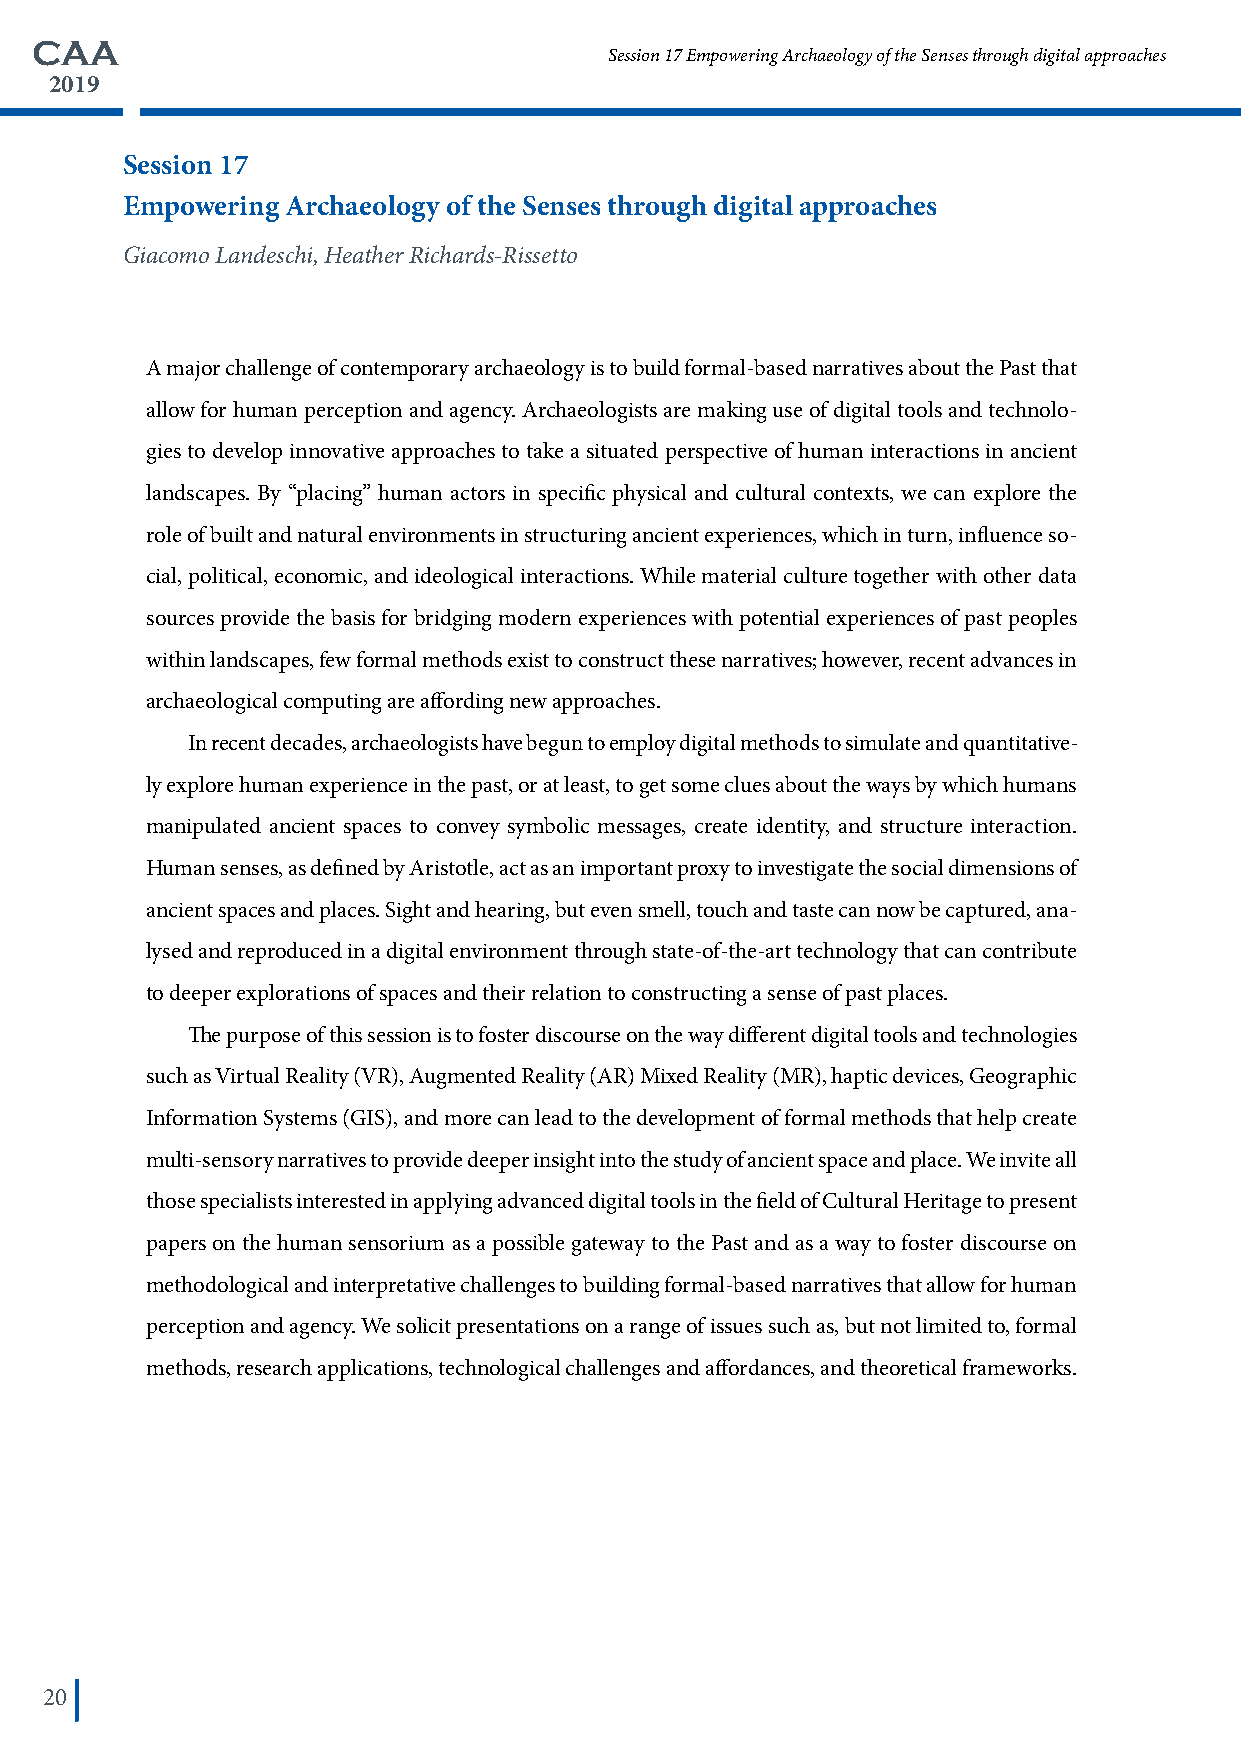
CAA
 Session 17 Empowering Archaeology of the Senses through digital approaches
 2019
 Session 17
 Empowering Archaeology of the Senses through digital approaches
 Giacomo Landeschi, Heather Richards-Rissetto
 A major challenge of contemporary archaeology is to build formal-based narratives about the Past that
 allow for human perception and agency. Archaeologists are making use of digital tools and technolo-
 gies to develop innovative approaches to take a situated perspective of human interactions in ancient
 landscapes. By “placing” human actors in specific physical and cultural contexts, we can explore the
 role of built and natural environments in structuring ancient experiences, which in turn, influence so-
 cial, political, economic, and ideological interactions. While material culture together with other data
 sources provide the basis for bridging modern experiences with potential experiences of past peoples
 within landscapes, few formal methods exist to construct these narratives; however, recent advances in
 archaeological computing are affording new approaches.
 In recent decades, archaeologists have begun to employ digital methods to simulate and quantitative-
 ly explore human experience in the past, or at least, to get some clues about the ways by which humans
 manipulated ancient spaces to convey symbolic messages, create identity, and structure interaction.
 Human senses, as defined by Aristotle, act as an important proxy to investigate the social dimensions of
 ancient spaces and places. Sight and hearing, but even smell, touch and taste can now be captured, ana-
 lysed and reproduced in a digital environment through state-of-the-art technology that can contribute
 to deeper explorations of spaces and their relation to constructing a sense of past places.
 The purpose of this session is to foster discourse on the way different digital tools and technologies
 such as Virtual Reality (VR), Augmented Reality (AR) Mixed Reality (MR), haptic devices, Geographic
 Information Systems (GIS), and more can lead to the development of formal methods that help create
 multi-sensory narratives to provide deeper insight into the study of ancient space and place. We invite all
 those specialists interested in applying advanced digital tools in the field of Cultural Heritage to present
 papers on the human sensorium as a possible gateway to the Past and as a way to foster discourse on
 methodological and interpretative challenges to building formal-based narratives that allow for human
 perception and agency. We solicit presentations on a range of issues such as, but not limited to, formal
 methods, research applications, technological challenges and affordances, and theoretical frameworks.
 20